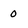
Character: 0